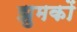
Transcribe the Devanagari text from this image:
झुमकों